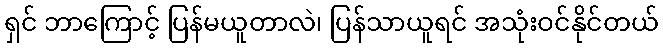
ရှင် ဘာကြောင့် ပြန်မယူတာလဲ၊ ပြန်သာယူရင် အသုံးဝင်နိုင်တယ်